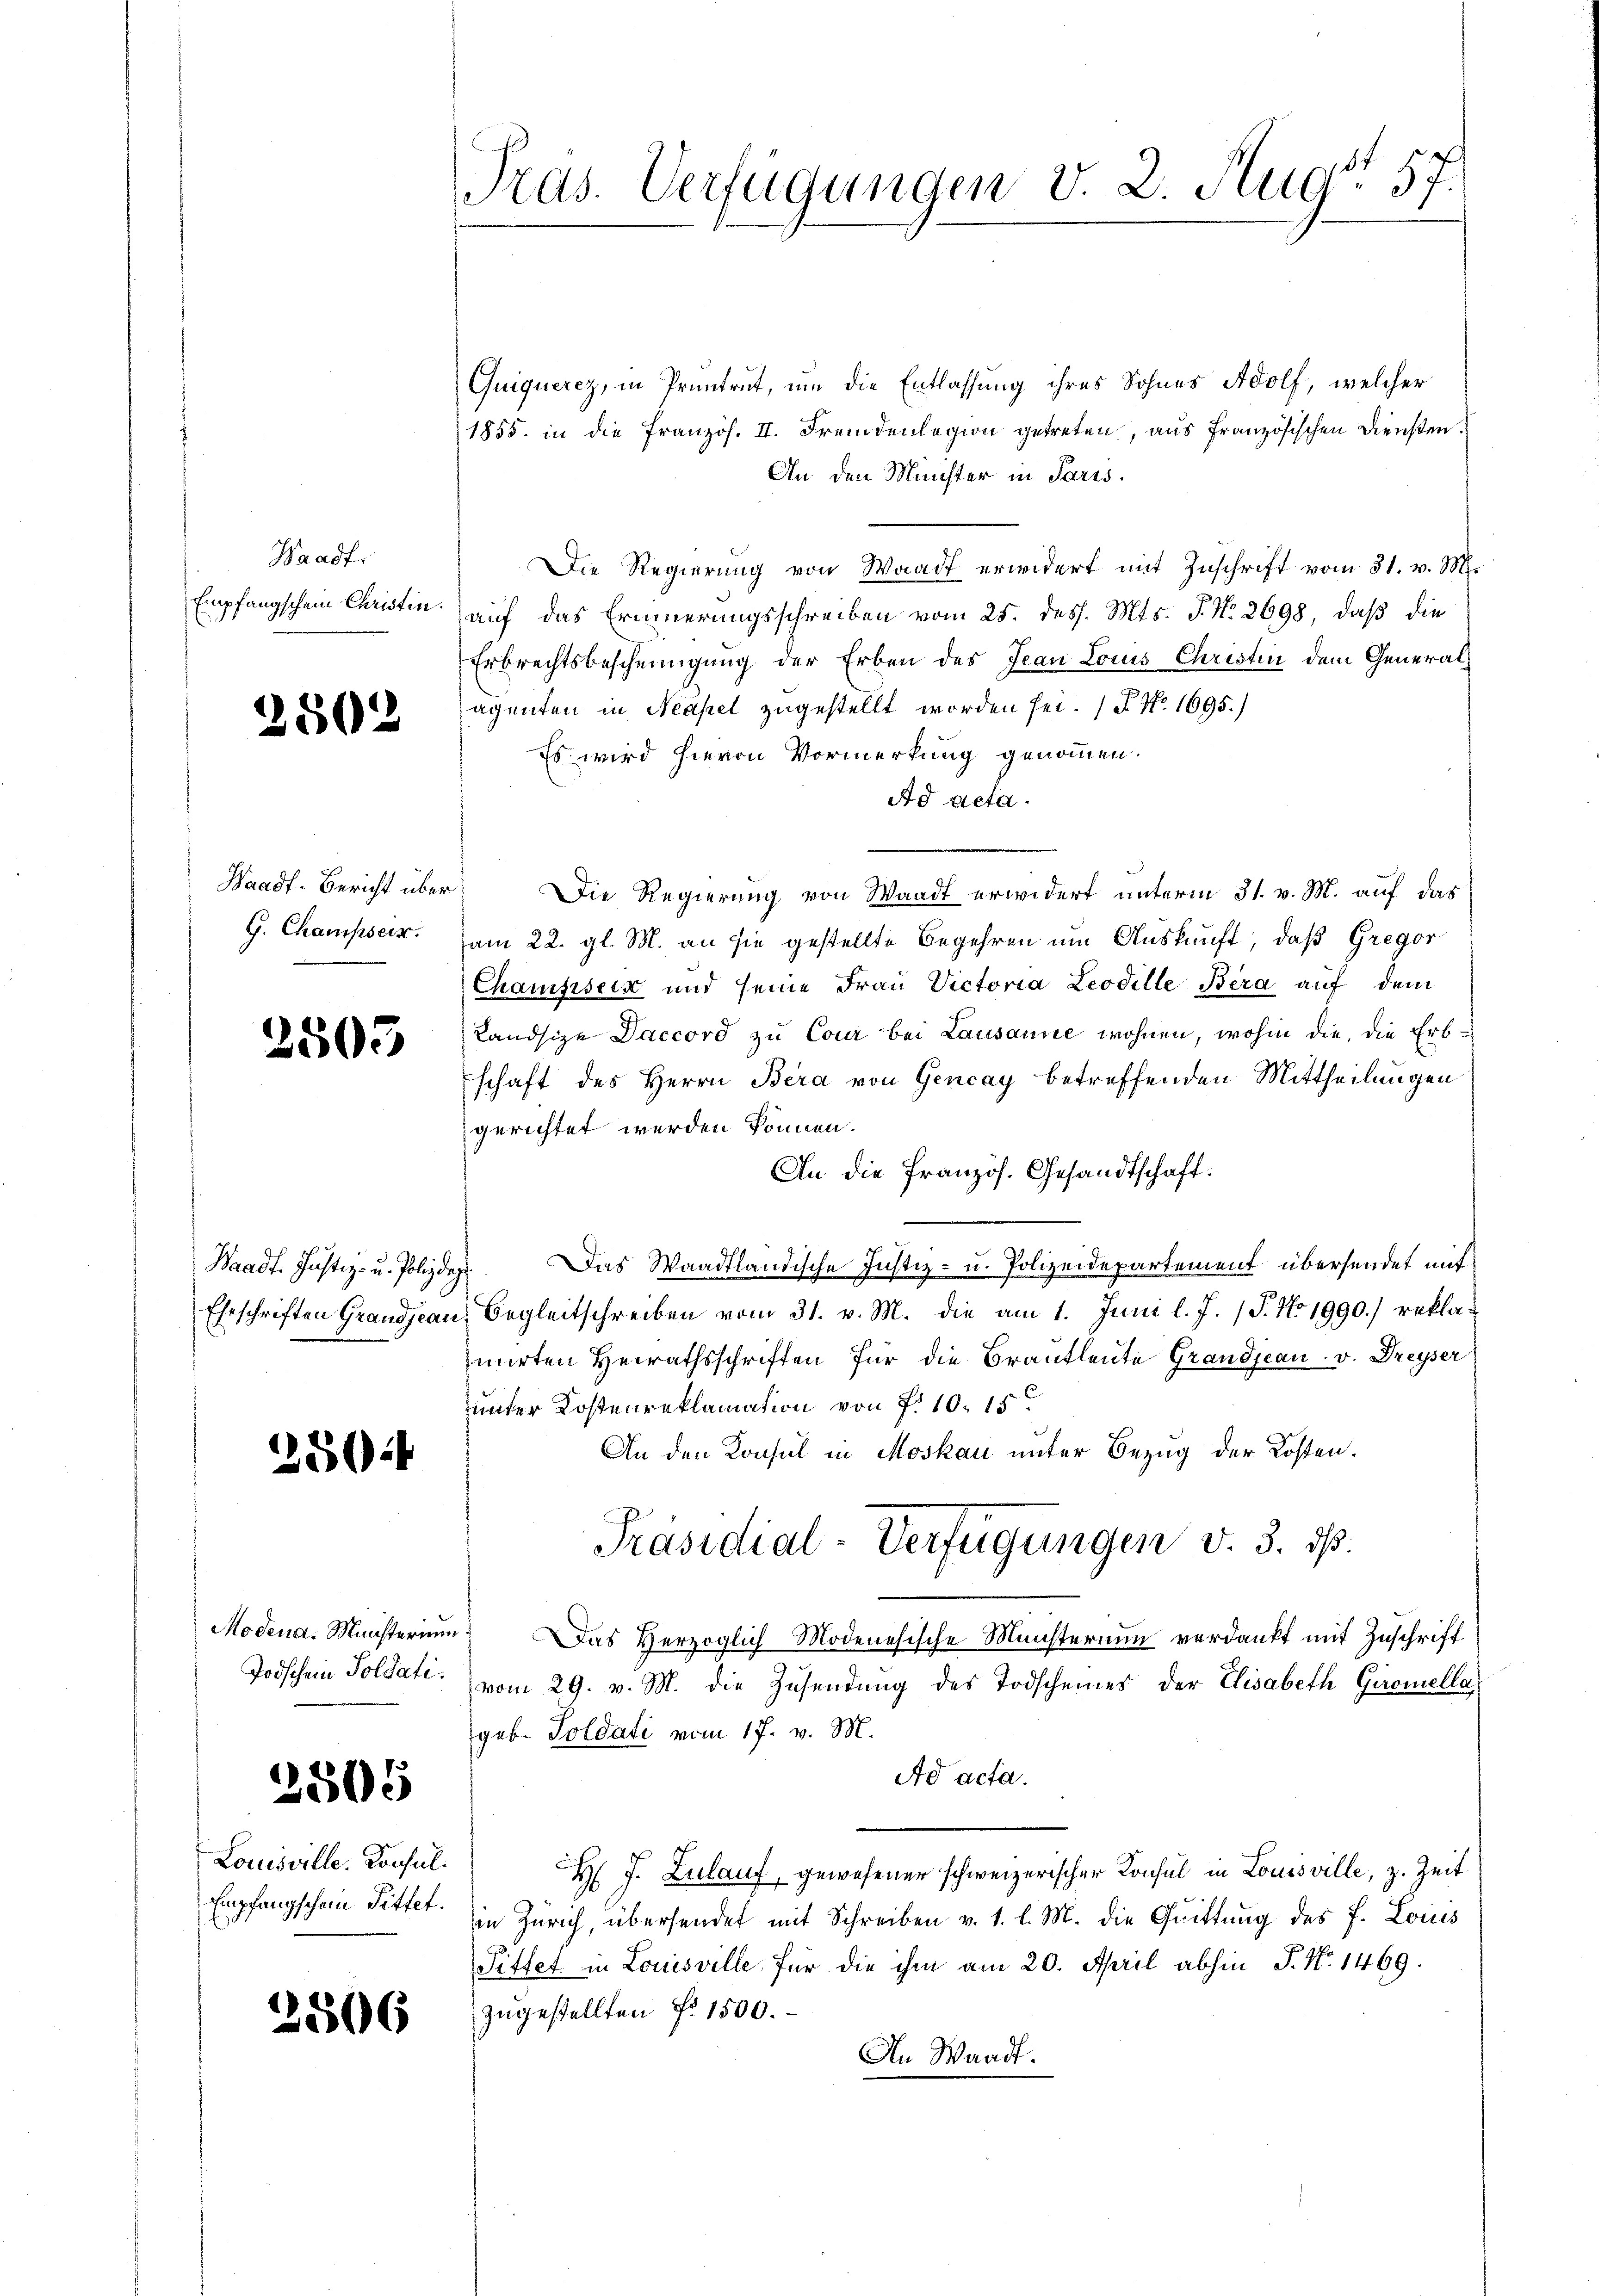
Waadt,
Empfangschem Christin.

2502

Haadf-Bericht über
G. Champsern.

2503

Waadt. Justiz- u. Poliz dage

2802

2505

Louisville. Konsul¬

2506

Prds. Verfügungen v. 2. Aug. 57.

Quiquerez, in Pruntrut, um die Entlassung ihres Sohnes Adolf, welcher
1855. in die Französ. II. Fremdenlegion getreten, aus französischen Diensten.
An den Münster in Paris.
Die Regierung von Waadt erwidert mit Zuschrift vom 31. v. M.
auf das Erinnerungsschreiben vom 25. dess. Mts. P. Nr. 2698, daß die
Erbrechtsbescheinigung der Erben des Jean Lois Christin dem Generalagenten in Neapel zugestellt worden sei. (T. N. 1695.)
Es wird hievon Vormerkung genommen.
Ad acta.
Die Regierung von Waadt erwidert unterm 31. v. M. auf das
am 22. gl. M. an sie gestellte Begehren um Auskunft, daß Gregor
Chanisisein und seine Frau Victoria Leodille Bera auf dem
Landsize Daccord zu Cour bei Lausanne wohnen, wohin die, die Erb-
schaft des Herrn Bera von Gencay betreffenden Mittheilungen
gerichtet werden können.
An die französ. Gesandtschaft.
Das Waadtländische Justiz- u. Polizeidepartement übersendet mit
Eheschriften Grandjean Begleitschreiben vom 31. v. M. die am 1. Juni l. J. (T. No 1990.) reklamirten Heirathsschriften für die Brautleute Grandjean v. Freyser
unter Kostenreklamation von P. 10. 15
An den Konsul in Moskau unter Bezug der Kosten.
Präsidial-Verfügungen v. 3. ds.
Modena. Münsterium) Das Herzoglich Modenesische Münsterium verdankt mit Zuschrift
Todschein Soldat vom 29. v. M. die Zusendŭng des Todscheines der Elisabeth Giromella
geb. Soldati vom 17. v. M.
Ad acta.
H J. Zulauf, gewesener schweizerischer Konsul in Louisville, z. Zeit
Empfangschein Sittet. in Zürich, übersendet mit Schreiben v. 1. l. M. die Quittung des J. Louis
Sittet in Louisville, für die ihm am 20. April abhin P. Nr. 1469.
zugestellten Fr. 1500.
An Waadt.